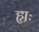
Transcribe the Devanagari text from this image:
ह्यः